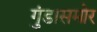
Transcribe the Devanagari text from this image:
गुंडासमोर